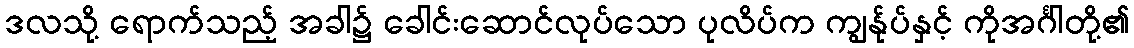
ဒလသို့ ရောက်သည့် အခါ၌ ခေါင်းဆောင်လုပ်သော ပုလိပ်က ကျွန်ုပ်နှင့် ကိုအင်္ဂါတို့၏